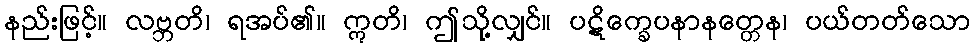
နည်းဖြင့်။ လဗ္ဘတိ၊ ရအပ်၏။ ဣတိ၊ ဤသို့လျှင်။ ပဋိက္ခေပနာနတ္တေန၊ ပယ်တတ်သော